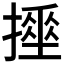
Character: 𢴹